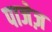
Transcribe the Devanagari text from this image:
पाजेज़